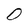
Character: O